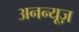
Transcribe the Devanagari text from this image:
अनन्यूज़